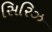
સિરિઝ